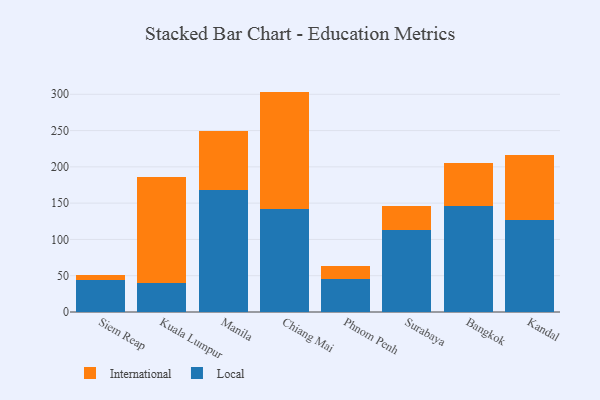
{"axis": {"x": "City", "y": "Revenue (USD Million)"}, "legend": ["International", "Local"], "data": [{"x": "Siem Reap", "y": 44.7, "type": "Local"}, {"x": "Siem Reap", "y": 6.9, "type": "International"}, {"x": "Kuala Lumpur", "y": 39.3, "type": "Local"}, {"x": "Kuala Lumpur", "y": 146.1, "type": "International"}, {"x": "Manila", "y": 167.9, "type": "Local"}, {"x": "Manila", "y": 81.4, "type": "International"}, {"x": "Chiang Mai", "y": 142.4, "type": "Local"}, {"x": "Chiang Mai", "y": 161.3, "type": "International"}, {"x": "Phnom Penh", "y": 46.0, "type": "Local"}, {"x": "Phnom Penh", "y": 17.7, "type": "International"}, {"x": "Surabaya", "y": 113.0, "type": "Local"}, {"x": "Surabaya", "y": 33.7, "type": "International"}, {"x": "Bangkok", "y": 145.4, "type": "Local"}, {"x": "Bangkok", "y": 59.5, "type": "International"}, {"x": "Kandal", "y": 127.1, "type": "Local"}, {"x": "Kandal", "y": 89.0, "type": "International"}]}